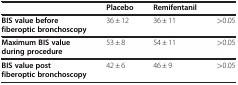
<table><thead><tr><td><b> </b></td><td><b>Placebo</b></td><td><b>Remifentanil</b></td><td><b> </b></td></tr></thead><tbody><tr><td><b>BIS value before fiberoptic bronchoscopy</b></td><td>36 ± 12</td><td>36 ± 11</td><td>&gt;0.05</td></tr><tr><td><b>Maximum BIS value during procedure</b></td><td>53 ± 8</td><td>54 ± 11</td><td>&gt;0.05</td></tr><tr><td><b>BIS value post fiberoptic bronchoscopy</b></td><td>42 ± 6</td><td>46 ± 9</td><td>&gt;0.05</td></tr></tbody></table>